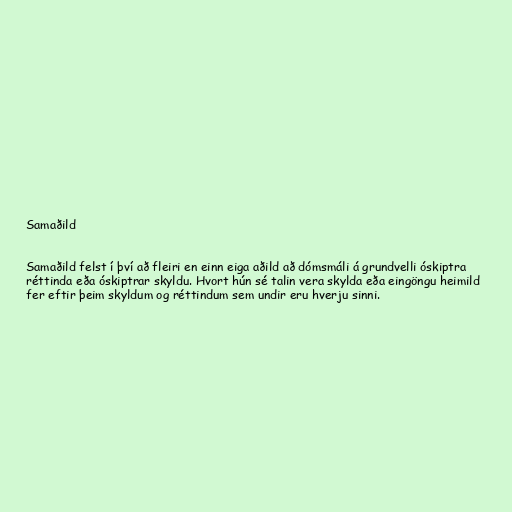
Samaðild

Samaðild felst í því að fleiri en einn eiga aðild að dómsmáli á grundvelli óskiptra
réttinda eða óskiptrar skyldu. Hvort hún sé talin vera skylda eða eingöngu heimild
fer eftir þeim skyldum og réttindum sem undir eru hverju sinni.